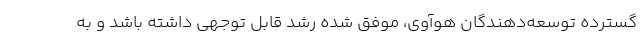
گسترده توسعه‌دهندگان هوآوی، موفق شده رشد قابل توجهی داشته باشد و به